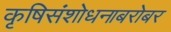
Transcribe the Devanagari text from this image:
कृषिसंशोधनाबरोबर